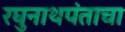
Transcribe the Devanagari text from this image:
रघुनाथपंताचा